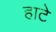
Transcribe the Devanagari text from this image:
हाटे